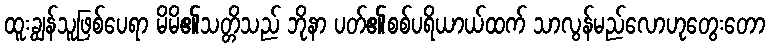
ထူးချွန်သူဖြစ်ပေရာ မိမိ၏သတ္တိသည် ဘိုနာ ပတ်၏စစ်ပရိယာယ်ထက် သာလွန်မည်လောဟုတွေးတော